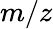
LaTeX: m/z